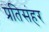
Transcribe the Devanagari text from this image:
प्रतिसंहर